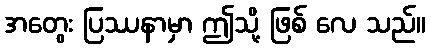
အတွေး ပြဿနာမှာ ဤသို့ ဖြစ် လေ သည်။